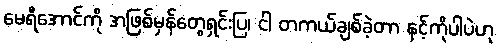
မေရီအောင်ကို အဖြစ်မှန်တွေရှင်းပြ၊ ငါ တကယ်ချစ်ခဲ့တာ နင့်ကိုပါပဲဟု